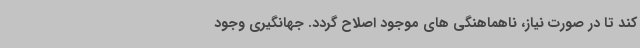
کند تا در صورت نیاز، ناهماهنگی های موجود اصلاح گردد. جهانگیری وجود